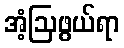
အံ့ဩဖွယ်ရာ